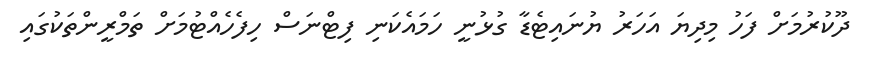
ދޫކުރުމަށް ފަހު މިދިޔަ އަހަރު ޔުނައިޓެޑާ ގުޅުނީ ހަމައެކަނި ފިޓްނަސް ހިފެހެއްޓުމަށް ތަމްރީންތަކުގައި